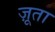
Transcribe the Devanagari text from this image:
ज़ूता